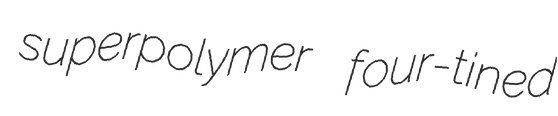
superpolymer four-tined